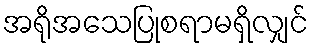
အရိုအသေပြုစရာမရှိလျှင်